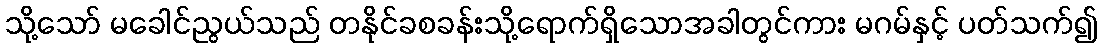
သို့သော် မခေါင်ညွယ်သည် တနိုင်ခစခန်းသို့ရောက်ရှိသောအခါတွင်ကား မဂမ်နှင့် ပတ်သက်၍